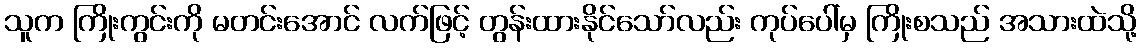
သူက ကြိုးကွင်းကို မတင်းအောင် လက်ဖြင့် တွန်းထားနိုင်သော်လည်း ကုပ်ပေါ်မှ ကြိုးစသည် အသားထဲသို့